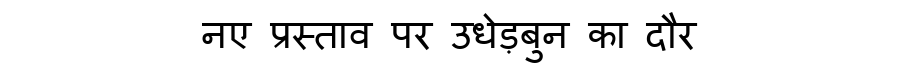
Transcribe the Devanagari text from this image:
नए प्रस्ताव पर उधेड़बुन का दौर